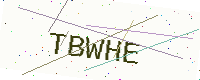
Text: TBWHE